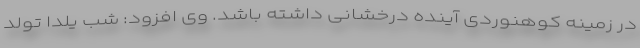
در زمینه کوهنوردی آینده درخشانی داشته باشد. وی افزود: شب یلدا تولد